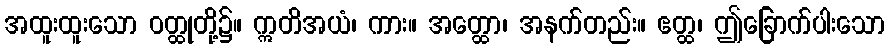
အထူးထူးသော ဝတ္ထုတို့၌။ ဣတိအယံ၊ ကား။ အတ္ထော၊ အနက်တည်း။ ဧတ္ထ၊ ဤခြောက်ပါးသော